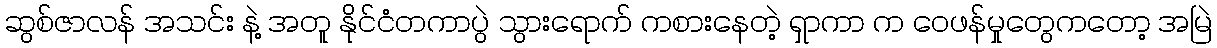
ဆွစ်ဇာလန် အသင်း နဲ့ အတူ နိုင်ငံတကာပွဲ သွားရောက် ကစားနေတဲ့ ရှာကာ က ဝေဖန်မှုတွေကတော့ အမြဲ